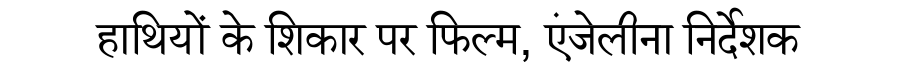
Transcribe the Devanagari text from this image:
हाथियों के शिकार पर फिल्म, एंजेलीना निर्देशक